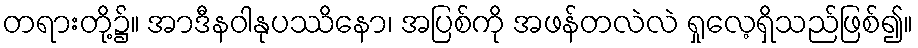
တရားတို့၌။ အာဒီနဝါနုပဿိနော၊ အပြစ်ကို အဖန်တလဲလဲ ရှုလေ့ရှိသည်ဖြစ်၍။